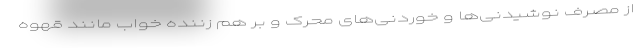
از مصرف نوشیدنی‌ها و خوردنی‌های محرک و بر هم زننده خواب مانند قهوه